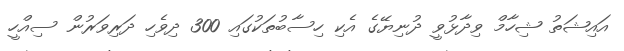
އައިޝަތު ޝިހާމް ވިދާޅުވީ ދުނިޔޭގެ އެކި ހިސާބުތަކުގައި 300 ދިވެހި ދަރިވަރުން ސިއްހީ